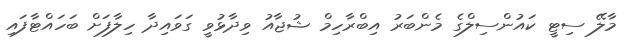
މާލޭ ސިޓީ ކައުންސިލްގެ މެންބަރު އިބްރާހިމް ޝުޖާއު ވިދާޅުވީ ގަވައިދާ ހިލާފަށް ބަހައްޓާފައި